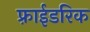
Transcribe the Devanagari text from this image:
फ़्राईडरिक